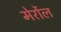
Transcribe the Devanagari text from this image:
मेर्रोल